Civil Veterinary Department Bihar & Orissa reports 1929-36 - 1929-1936
Year: 1929
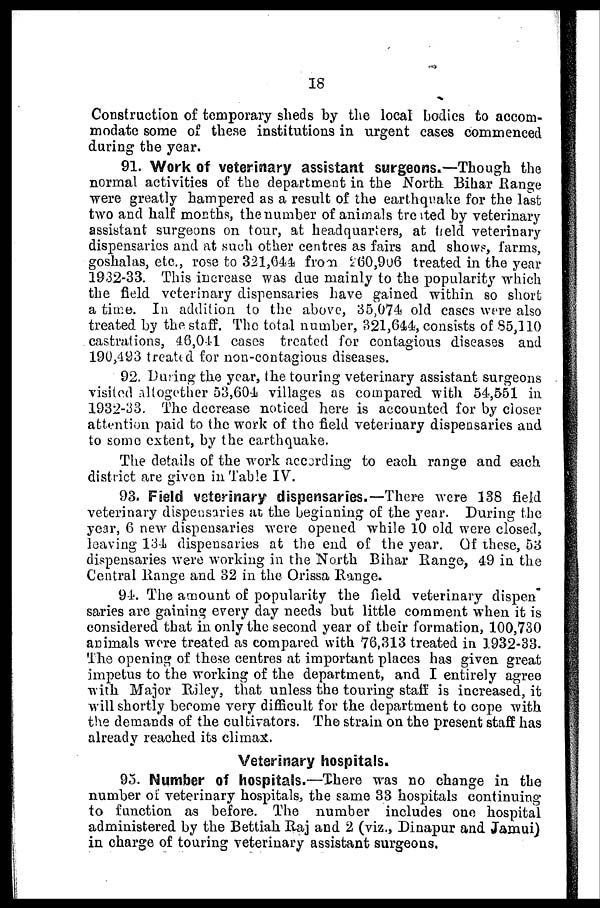
18
Construction of temporary sheds by the local bodies to accom-
modate some of these institutions in urgent cases commenced
during the year.
91. Work of veterinary assistant surgeons.—Though the
normal activities of the department in the North Bihar Range
were greatly hampered as a result of the earthquake for the last
two and half months, the number of animals treated by veterinary
assistant surgeons on tour, at headquarters, at held veterinary
dispensaries and at such other centres as fairs and shows, farms,
goshalas, etc., rose to 321,644 from 260,906 treated in the year
1932-33. This increase was due mainly to the popularity which
the field veterinary dispensaries have gained within so short
a time. In addition to the above, 35,074 old cases were also
treated by the staff. The total number, 321,644, consists of 85,110
castrations, 48,041 cases treated for contagions diseases and
190,493 treated for non-contagious diseases.
92. During the year, the touring veterinary assistant surgeons
visited altogether 53,604 villages as compared with 54,551 in
1932-33. The decrease noticed here is accounted for by closer
attention paid to the work of the field veterinary dispensaries and
to some extent, by the earthquake.
The details of the work according to each range and each
district are given in Table IV.
93. Field veterinary dispensaries.—There were 138 field
veterinary dispensaries at the beginning of the year. During the
year, 6 new dispensaries were opened while 10 old were closed,
leaving 134 dispensaries at the end of the year. Of these, 53
dispensaries were working in the North Bihar Range, 49 in the
Central Range and 32 in the Orissa Range.
94. The amount of popularity the field veterinary dispen
saries are gaining every day needs but little comment when it is
considered that in only the second year of their formation, 100,730
animals were treated as compared with 76,313 treated in 1932-33.
The opening of these centres at important places has given great
impetus to the working of the department, and I entirely agree
with Major Riley, that unless the touring staff is increased, it
will shortly become very difficult for the department to cope with
the demands of the cultivators. The strain on the present staff has
already reached its climax.
Veterinary hospitals.
95. Number of hospitals.—There was no change in the
number of veterinary hospitals, the same 33 hospitals continuing
to function as before. The number includes one hospital
administered by the Bettiah Raj and 2 (viz., Dinapur and Jamui)
in charge of touring veterinary assistant surgeons.